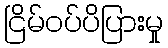
ငြိမ်ဝပ်ပိပြားမှု